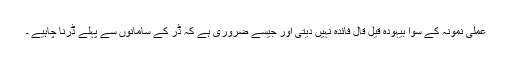
عملی نمونہ کے سوا بیہودہ قیل قال فائدہ نہیں دیتی اور جیسے ضروری ہے کہ ڈر کے سامانوں سے پہلے ڈرنا چاہیے ۔